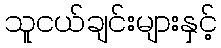
သူငယ်ချင်းများနှင့်